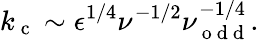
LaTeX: k_{\mathrm{~c~}}\sim\epsilon^{1/4}\nu^{-1/2}\nu_{\mathrm{~o~d~d~}}^{-1/4}.